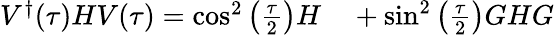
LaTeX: \begin{array}{rl}{V^{\dagger}(\tau)HV(\tau)=\cos^{2}\left(\frac{\tau}{2}\right)H}&{{}+\sin^{2}\left(\frac{\tau}{2}\right)GHG}\end{array}